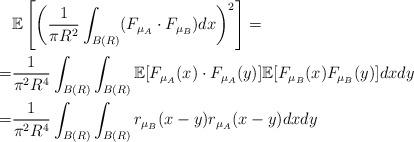
LaTeX: \begin{align*} &\mathbb{E}\left[\left(\frac{1}{\pi R^2}\int_{B(R)}(F_{\mu_A}\cdot F_{\mu_B})dx\right)^2\right]= \\ =& \frac{1}{\pi^2 R^4}\int_{B(R)}\int_{B(R)}\mathbb{E}[F_{\mu_A}(x)\cdot F_{\mu_A}(y)]\mathbb{E}[ F_{\mu_B}(x)F_{\mu_B}(y)]dxdy \\ =& \frac{1}{\pi^2 R^4}\int_{B(R)}\int_{B(R)} r_{\mu_{B}}(x-y)r_{\mu_A}(x-y) dx dy \end{align*}